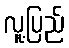
လူ့ပြည်